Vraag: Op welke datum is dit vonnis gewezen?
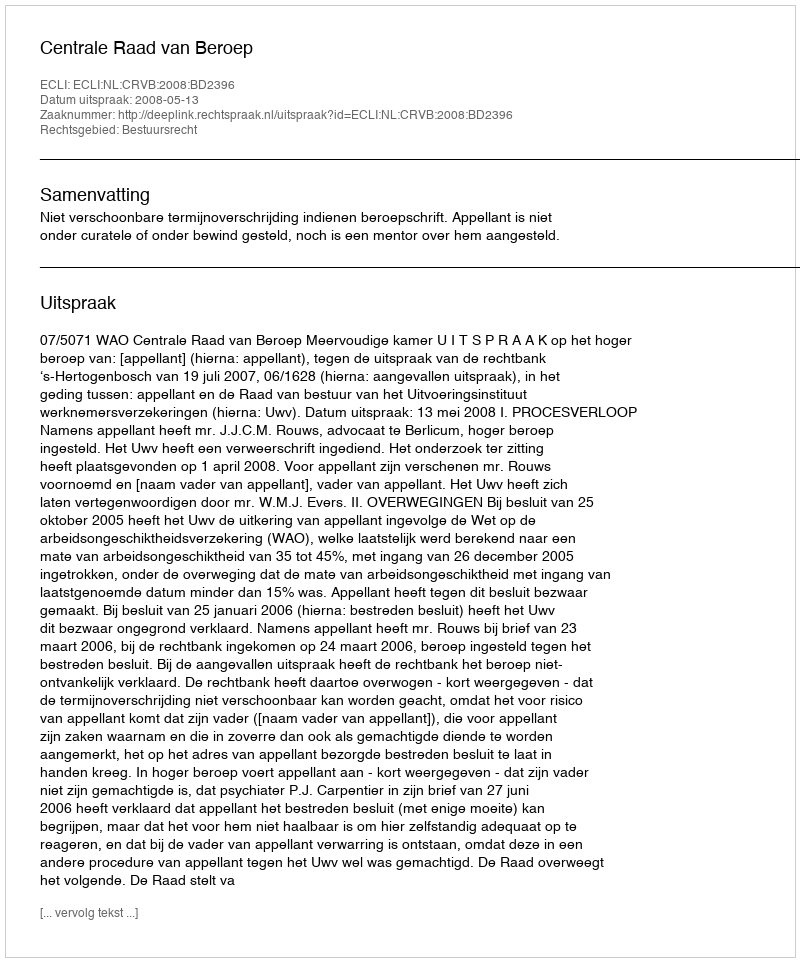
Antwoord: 2008-05-13